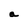
Character: a